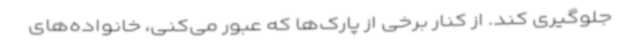
جلوگیری کند. از کنار برخی از پارک‌ها که عبور می‌کنی، خانواده‌های